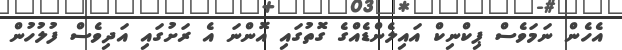
އެހެން ނަމަވެސް ޕިކްނިކް އައިލެންޑެއްގެ ގޮތުގައި އޮންނަ އެ ރަށުގައި އަދިވެސް ފުލުހުން